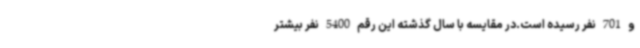
و 701 نفر رسیده است.در مقایسه با سال گذشته این رقم 5400 نفر بیشتر